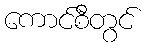
ကောင်စီတွင်